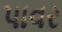
પાવર